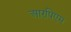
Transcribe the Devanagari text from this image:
आरपिएम